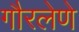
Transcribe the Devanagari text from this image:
गौरलेणे